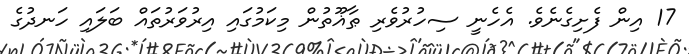
17 އިން ފެށިގެނެވެ. އެހެނީ ސިހުރުވެރި ޠާޣޫތުން މިކަމުގައި އިރުވަރުތައް ބަލައި ހަނދުގެ